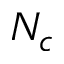
N _ { c }